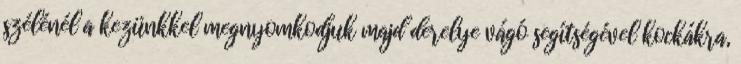
szélénél a kezünkkel megnyomkodjuk majd derelye vágó segítségével kockákra,